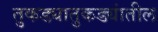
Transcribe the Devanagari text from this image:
तुकड्यातुकड्यांतील